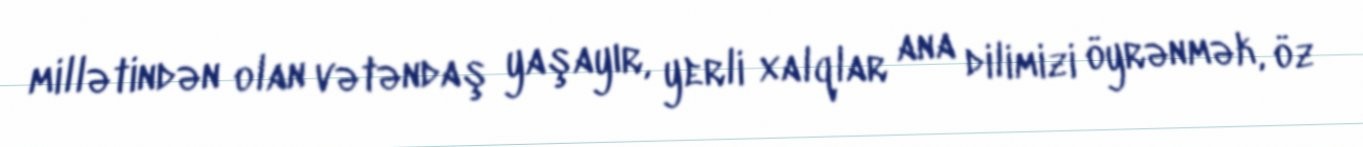
millətindən olan vətəndaş yaşayır, yerli xalqlar ana dilimizi öyrənmək, öz